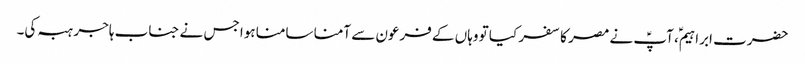
حضرت ابراہیمؑ، آپؑ نے مصر کا سفر کیا تو وہاں کے فرعون سے آمنا سامنا ہوا جس نے جناب ہاجر ہبہ کی۔